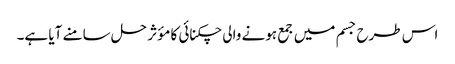
اس طرح جسم میں جمع ہونے والی چکنائی کا مؤثر حل سامنے آیا ہے۔